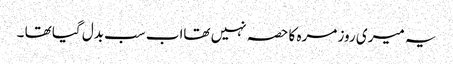
یہ میری روز مرہ کا حصہ نہیں تھااب سب بدل گیا تھا ۔